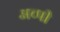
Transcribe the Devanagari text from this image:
अच्पी